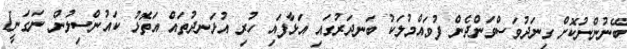
ބޭނުންނުކޮށް ގިނަދުވަސްވަންދެން ފުވައްމުލަކު ބަނދަރުގައި އަޅާފައި ހުރި އުޅަނދުތައް އަތޮޅު ކައުންސިލުން ނަގަނީ1